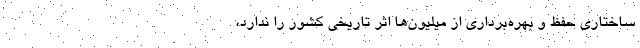
ساختاری حفظ و بهره‌برداری از میلیون‌ها اثر تاریخی کشور را ندارد،